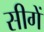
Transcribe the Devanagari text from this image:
सीगें